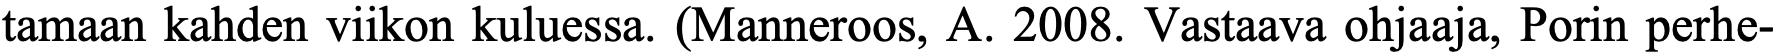
tamaan kahden viikon kuluessa. (Manneroos, A. 2008. Vastaava ohjaaja, Porin perhe-